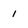
Character: 1